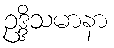
ဥဒ္ဒိသမာနာ